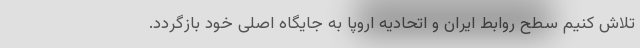
تلاش کنیم سطح روابط ایران و اتحادیه اروپا به جایگاه اصلی خود بازگردد.